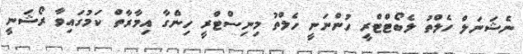
ނެޝަނަލް ހެލްތު ލެބޯޓްޓްރީ ހުންނަނީ ހެލްތު މިނިސްޓްރީ ހިންގާ އިމާރާތް ކަމުގައިވާ ރޯޝަނީ